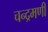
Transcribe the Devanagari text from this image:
चन्द्रमणी